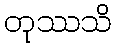
တုဿသိ